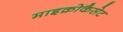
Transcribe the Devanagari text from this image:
माइक्रोकैसेट